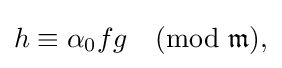
{\textstyle h\equiv \alpha _{0}fg{\pmod {\mathfrak {m}}},}